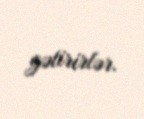
gətirirlər.